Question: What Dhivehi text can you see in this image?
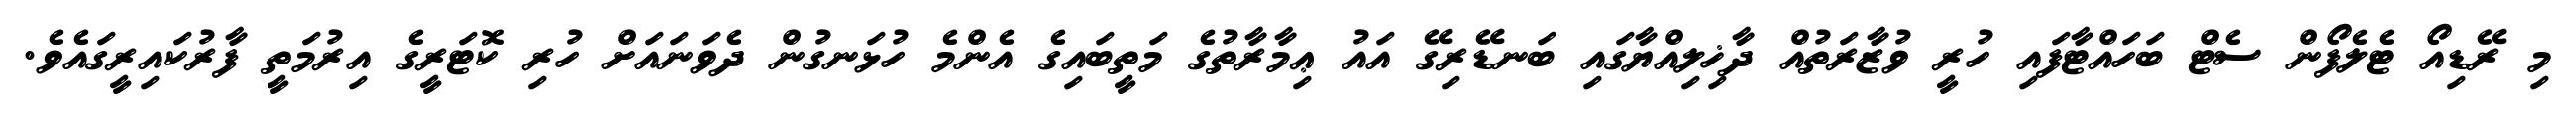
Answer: މި ރޭޑިއޯ ޓެލެފޯން ސެޓް ބަހައްޓާފައި ހުރީ ވުޒާރަތުއް ދާޚިލިއްޔާގައި ބަނޑޭރިގޭ އައު ޢިމާރާތުގެ މަތީބައިގެ އެންމެ ހުޅަނގުން ދެވަނައަށް ހުރި ކޮޓަރީގެ އިރުމަތީ ފާރުކައިރީގައެވެ.